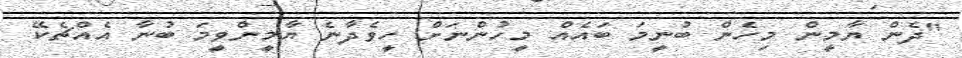
"ދެން ޔާމީން މިހެން ބުނީމަ ބައެއް މީހުންނަށް ހީވެދާނެ ޔާމީންވީމަ ބުނާ އެއްޗެކޭ